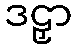
ဒဠှာ